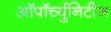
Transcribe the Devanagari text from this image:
ऑपॉर्च्युनिटीज